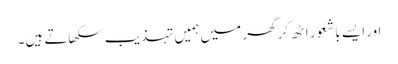
اور ایسے باشعور اٹھ کر گھر میں ہمیں تہذیب سکھاتے ہیں۔